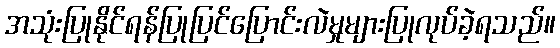
အသုံးပြုနိုင်ရန်ပြုပြင်ပြောင်းလဲမှုများပြုလုပ်ခဲ့ရသည်။